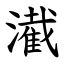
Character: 㵶